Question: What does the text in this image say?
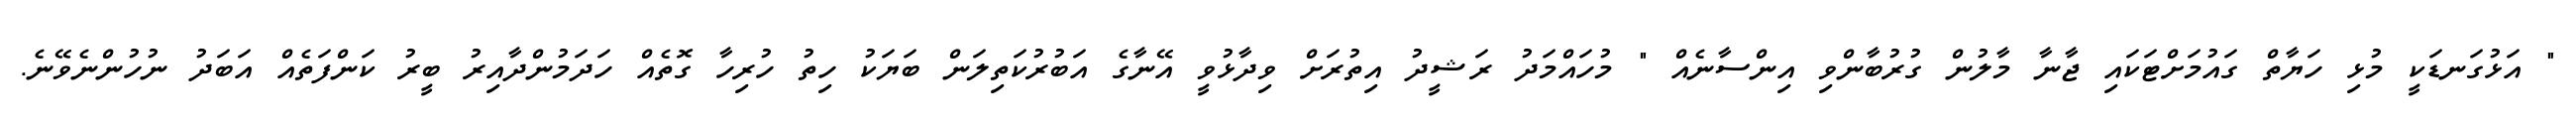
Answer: " އަޅުގަނޑަކީ މުޅި ހަޔާތް ގައުމަށްޓަކައި ޖާނާ މާލުން ގުރުބާންވި އިންސާނެއް " މުހައްމަދު ރަޝީދު އިތުރަށް ވިދާޅުވީ އޭނާގެ އަބުރުކަތިލަން ބަޔަކު ހިތު ހުރިހާ ގޮތެއް ހަދަމުންދާއިރު ބީރު ކަންފަތެއް އަބަދު ނުހުންނެވޭނެ.